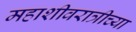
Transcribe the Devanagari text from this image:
महाशीवरात्रीच्या